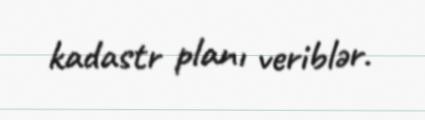
kadastr planı veriblər.